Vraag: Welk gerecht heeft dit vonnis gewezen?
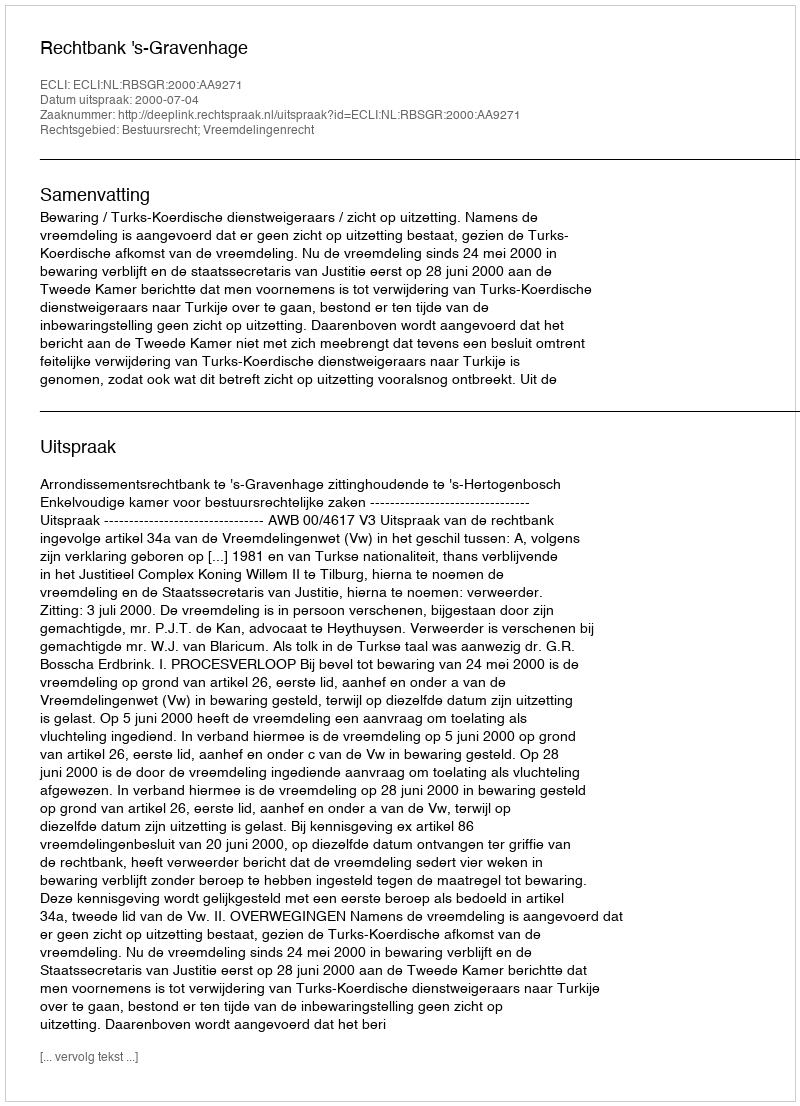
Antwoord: Rechtbank 's-Gravenhage